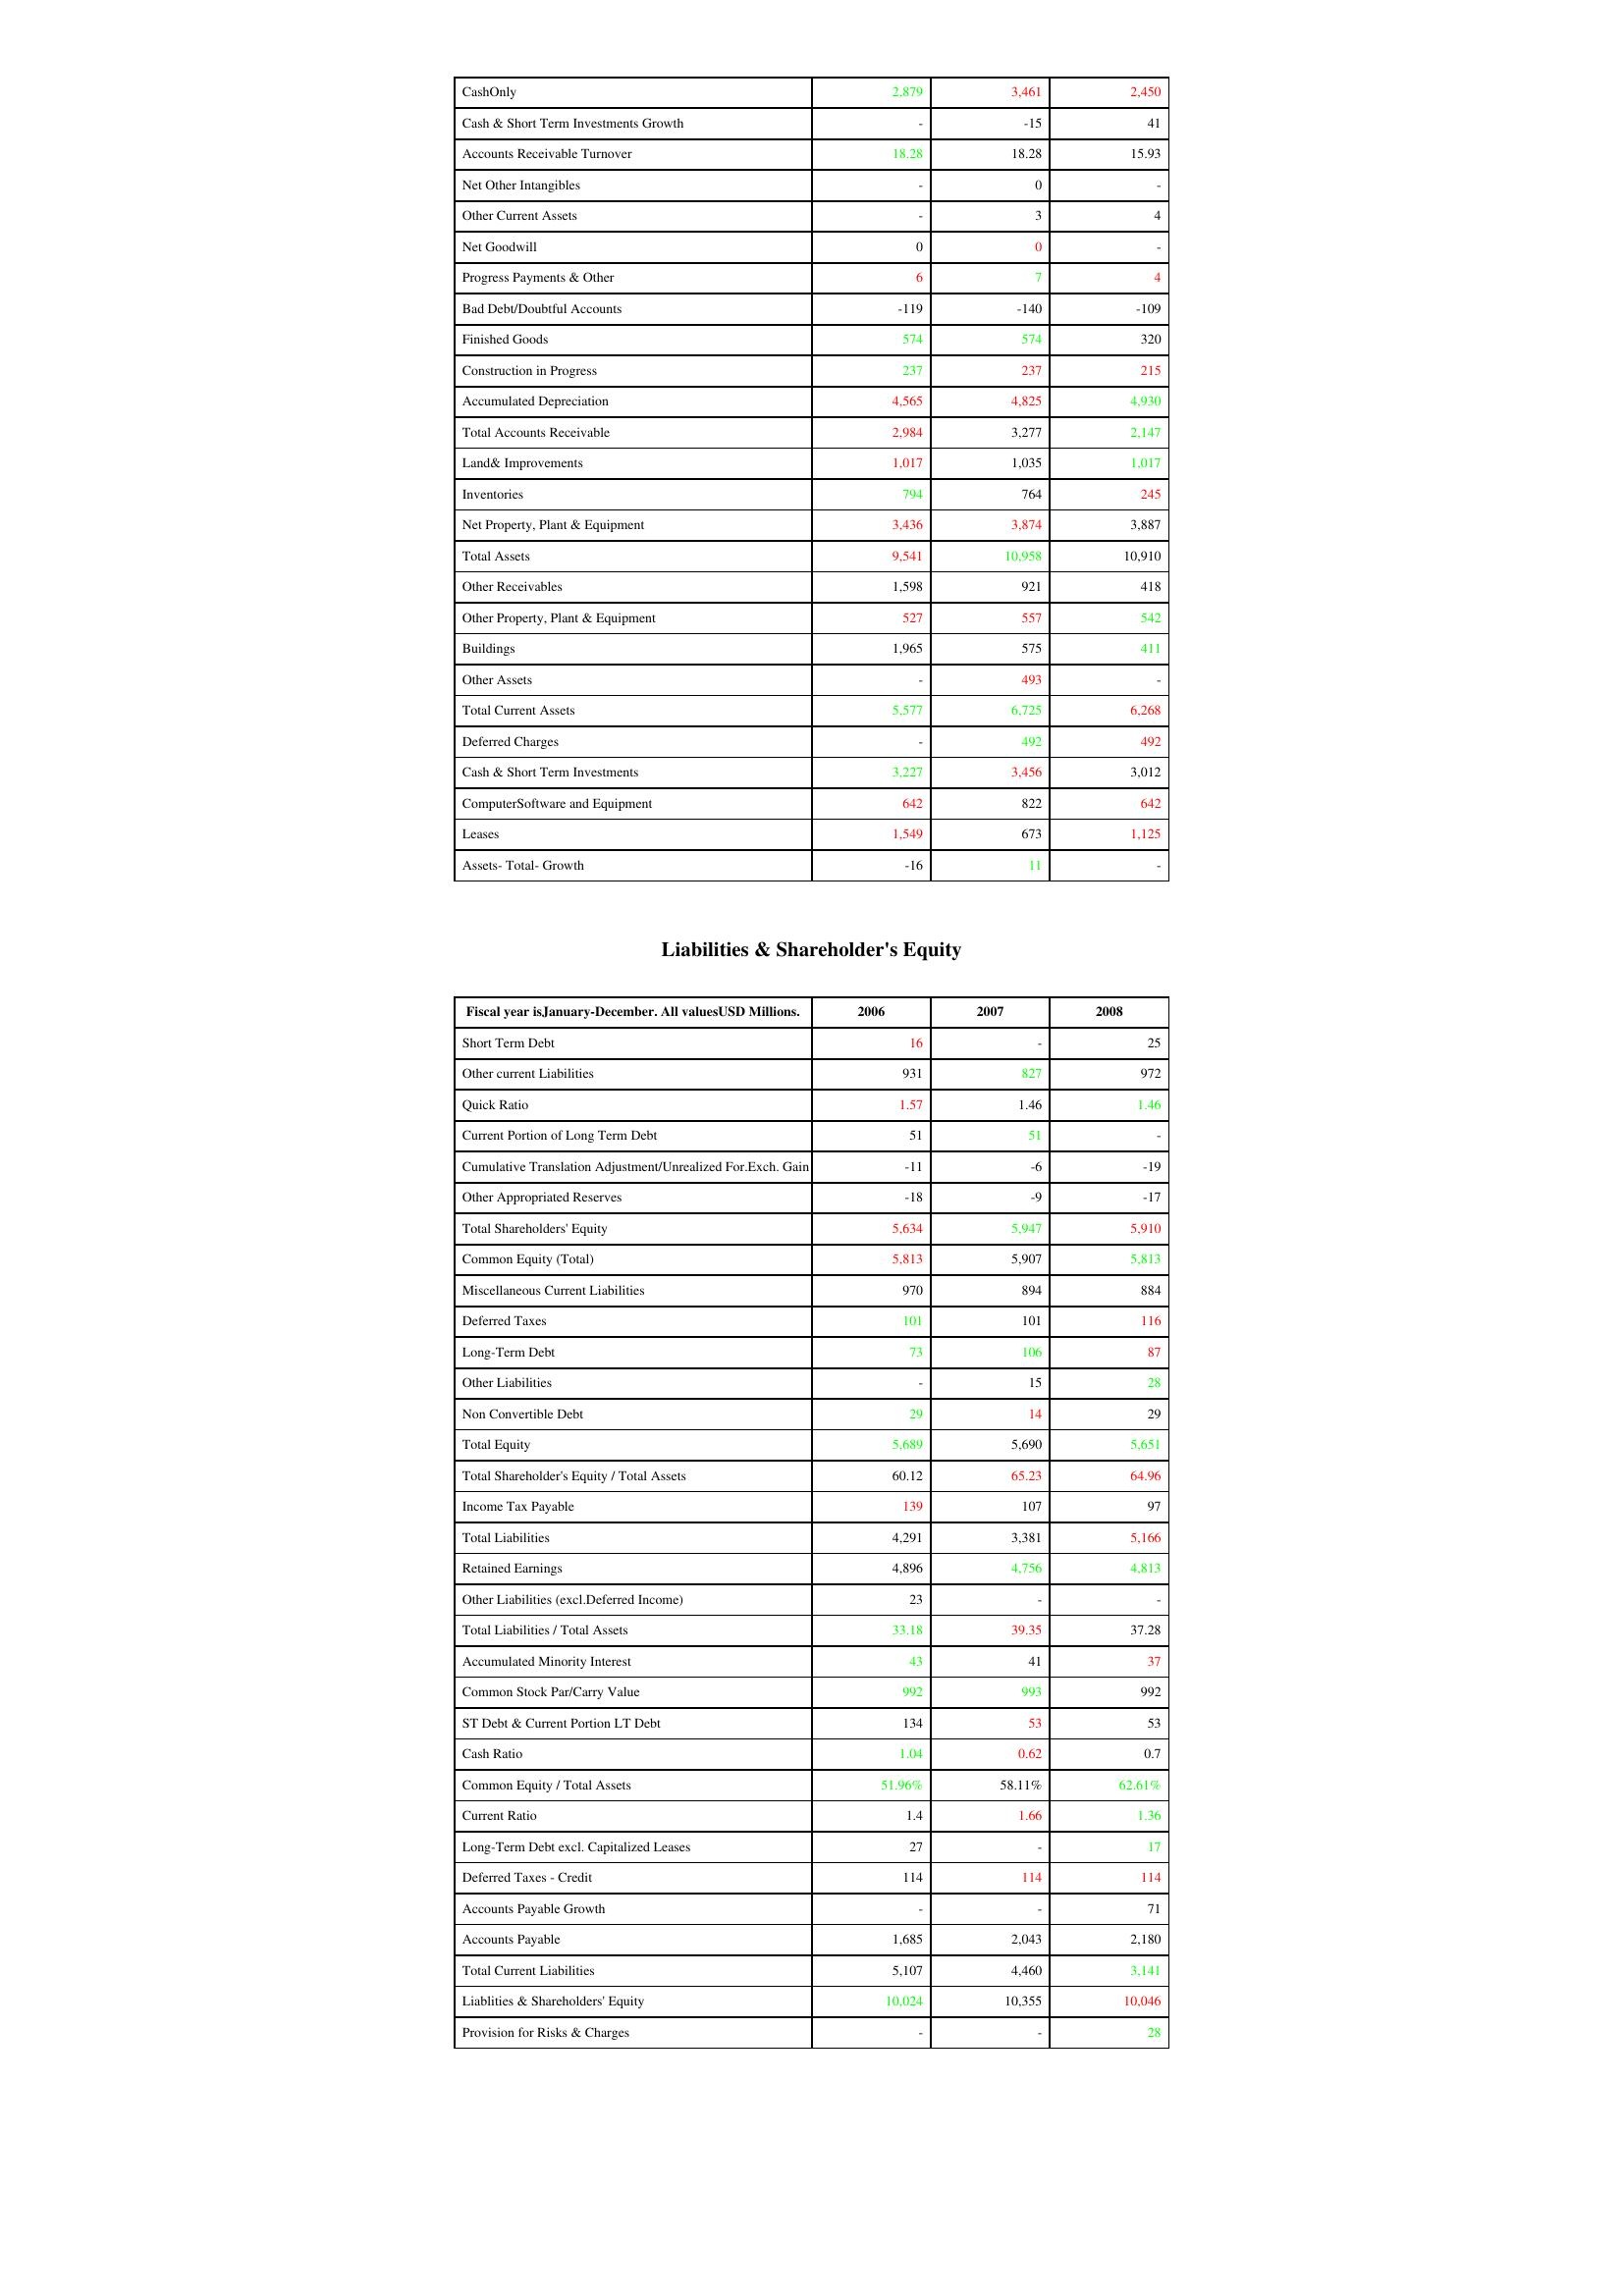
gt_parse: 2006: Assets: CashOnly: 2,879
Cash & Short Term Investments Growth: -
Accounts Receivable Turnover: 18.28
Net Other Intangibles: -
Other Current Assets: -
Net Goodwill: 0
Progress Payments & Other: 6
Bad Debt/Doubtful Accounts: -119
Finished Goods: 574
Construction in Progress: 237
Accumulated Depreciation: 4,565
Total Accounts Receivable: 2,984
Land& Improvements: 1,017
Inventories: 794
Net Property, Plant & Equipment: 3,436
Total Assets: 9,541
Other Receivables: 1,598
Other Property, Plant & Equipment: 527
Buildings: 1,965
Other Assets: -
Total Current Assets: 5,577
Deferred Charges: -
Cash & Short Term Investments: 3,227
ComputerSoftware and Equipment: 642
Leases: 1,549
Assets- Total- Growth: -16
Liabilities & Shareholder's Equity: Short Term Debt: 16
Other current Liabilities: 931
Quick Ratio: 1.57
Current Portion of Long Term Debt: 51
Cumulative Translation Adjustment/Unrealized For.Exch. Gain: -11
Other Appropriated Reserves: -18
Total Shareholders' Equity: 5,634
Common Equity (Total): 5,813
Miscellaneous Current Liabilities: 970
Deferred Taxes: 101
Long-Term Debt: 73
Other Liabilities: -
Non Convertible Debt: 29
Total Equity: 5,689
Total Shareholder's Equity / Total Assets: 60.12
Income Tax Payable: 139
Total Liabilities: 4,291
Retained Earnings: 4,896
Other Liabilities (excl.Deferred Income): 23
Total Liabilities / Total Assets: 33.18
Accumulated Minority Interest: 43
Common Stock Par/Carry Value: 992
ST Debt & Current Portion LT Debt: 134
Cash Ratio: 1.04
Common Equity / Total Assets: 51.96%
Current Ratio: 1.4
Long-Term Debt excl. Capitalized Leases: 27
Deferred Taxes - Credit: 114
Accounts Payable Growth: -
Accounts Payable: 1,685
Total Current Liabilities: 5,107
Liablities & Shareholders' Equity: 10,024
Provision for Risks & Charges: -
2007: Assets: CashOnly: 3,461
Cash & Short Term Investments Growth: -15
Accounts Receivable Turnover: 18.28
Net Other Intangibles: 0
Other Current Assets: 3
Net Goodwill: 0
Progress Payments & Other: 7
Bad Debt/Doubtful Accounts: -140
Finished Goods: 574
Construction in Progress: 237
Accumulated Depreciation: 4,825
Total Accounts Receivable: 3,277
Land& Improvements: 1,035
Inventories: 764
Net Property, Plant & Equipment: 3,874
Total Assets: 10,958
Other Receivables: 921
Other Property, Plant & Equipment: 557
Buildings: 575
Other Assets: 493
Total Current Assets: 6,725
Deferred Charges: 492
Cash & Short Term Investments: 3,456
ComputerSoftware and Equipment: 822
Leases: 673
Assets- Total- Growth: 11
Liabilities & Shareholder's Equity: Short Term Debt: -
Other current Liabilities: 827
Quick Ratio: 1.46
Current Portion of Long Term Debt: 51
Cumulative Translation Adjustment/Unrealized For.Exch. Gain: -6
Other Appropriated Reserves: -9
Total Shareholders' Equity: 5,947
Common Equity (Total): 5,907
Miscellaneous Current Liabilities: 894
Deferred Taxes: 101
Long-Term Debt: 106
Other Liabilities: 15
Non Convertible Debt: 14
Total Equity: 5,690
Total Shareholder's Equity / Total Assets: 65.23
Income Tax Payable: 107
Total Liabilities: 3,381
Retained Earnings: 4,756
Other Liabilities (excl.Deferred Income): -
Total Liabilities / Total Assets: 39.35
Accumulated Minority Interest: 41
Common Stock Par/Carry Value: 993
ST Debt & Current Portion LT Debt: 53
Cash Ratio: 0.62
Common Equity / Total Assets: 58.11%
Current Ratio: 1.66
Long-Term Debt excl. Capitalized Leases: -
Deferred Taxes - Credit: 114
Accounts Payable Growth: -
Accounts Payable: 2,043
Total Current Liabilities: 4,460
Liablities & Shareholders' Equity: 10,355
Provision for Risks & Charges: -
2008: Assets: CashOnly: 2,450
Cash & Short Term Investments Growth: 41
Accounts Receivable Turnover: 15.93
Net Other Intangibles: -
Other Current Assets: 4
Net Goodwill: -
Progress Payments & Other: 4
Bad Debt/Doubtful Accounts: -109
Finished Goods: 320
Construction in Progress: 215
Accumulated Depreciation: 4,930
Total Accounts Receivable: 2,147
Land& Improvements: 1,017
Inventories: 245
Net Property, Plant & Equipment: 3,887
Total Assets: 10,910
Other Receivables: 418
Other Property, Plant & Equipment: 542
Buildings: 411
Other Assets: -
Total Current Assets: 6,268
Deferred Charges: 492
Cash & Short Term Investments: 3,012
ComputerSoftware and Equipment: 642
Leases: 1,125
Assets- Total- Growth: -
Liabilities & Shareholder's Equity: Short Term Debt: 25
Other current Liabilities: 972
Quick Ratio: 1.46
Current Portion of Long Term Debt: -
Cumulative Translation Adjustment/Unrealized For.Exch. Gain: -19
Other Appropriated Reserves: -17
Total Shareholders' Equity: 5,910
Common Equity (Total): 5,813
Miscellaneous Current Liabilities: 884
Deferred Taxes: 116
Long-Term Debt: 87
Other Liabilities: 28
Non Convertible Debt: 29
Total Equity: 5,651
Total Shareholder's Equity / Total Assets: 64.96
Income Tax Payable: 97
Total Liabilities: 5,166
Retained Earnings: 4,813
Other Liabilities (excl.Deferred Income): -
Total Liabilities / Total Assets: 37.28
Accumulated Minority Interest: 37
Common Stock Par/Carry Value: 992
ST Debt & Current Portion LT Debt: 53
Cash Ratio: 0.7
Common Equity / Total Assets: 62.61%
Current Ratio: 1.36
Long-Term Debt excl. Capitalized Leases: 17
Deferred Taxes - Credit: 114
Accounts Payable Growth: 71
Accounts Payable: 2,180
Total Current Liabilities: 3,141
Liablities & Shareholders' Equity: 10,046
Provision for Risks & Charges: 28